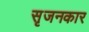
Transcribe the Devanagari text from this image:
सृजनकार